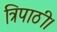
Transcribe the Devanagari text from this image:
त्रिपाठी।